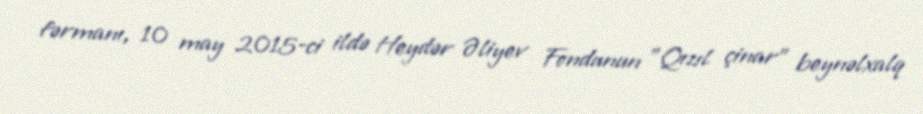
fərmanı, 10 may 2015-ci ildə Heydər Əliyev Fondunun "Qızıl çinar" beynəlxalq